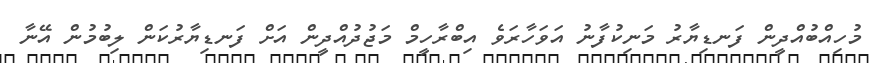
މުހިއްބުއްދީން ފަނޑިޔާރު މަނިކުފާނު އަވަހާރަވެ އިބްރާހީމް މަޖުދުއްދީން އަށް ފަނޑިޔާރުކަން ލިބުމުން އޭނާ